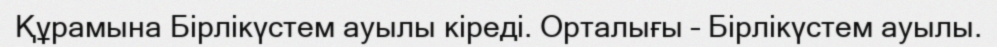
Құрамына Бірлікүстем ауылы кіреді. Орталығы – Бірлікүстем ауылы.